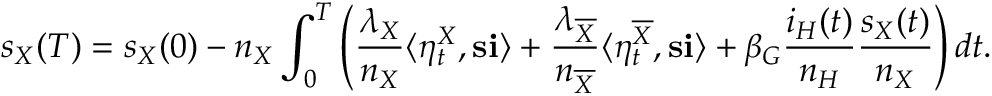
s _ { X } ( T ) = s _ { X } ( 0 ) - n _ { X } \int _ { 0 } ^ { T } \left( \frac { \lambda _ { X } } { n _ { X } } \langle \eta _ { t } ^ { X } , \mathbf { s } \mathbf { i } \rangle + \frac { \lambda _ { \overline { { X } } } } { n _ { \overline { { X } } } } \langle \eta _ { t } ^ { \overline { { X } } } , \mathbf { s } \mathbf { i } \rangle + \beta _ { G } \frac { i _ { H } ( t ) } { n _ { H } } \frac { s _ { X } ( t ) } { n _ { X } } \right) d t .